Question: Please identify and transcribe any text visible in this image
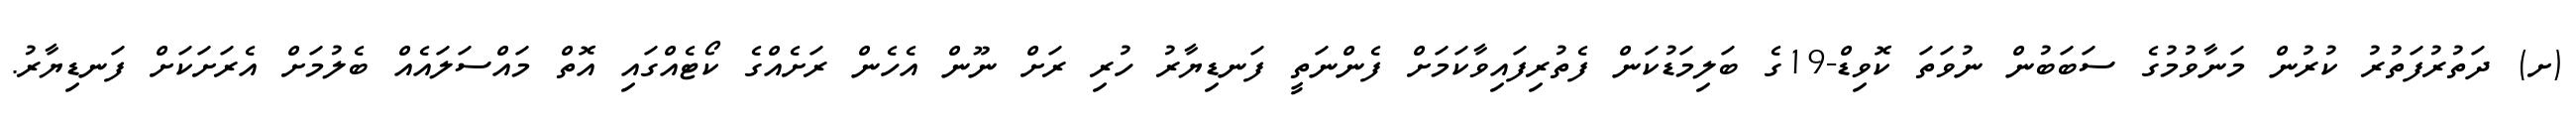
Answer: (ށ) ދަތުރުފަތުރު ކުރުން މަނާވުމުގެ ސަބަބުން ނުވަތަ ކޮވިޑް-19ގެ ބަލިމަޑުކަން ފެތުރިފައިވާކަމަށް ފެންނަތީ ފަނޑިޔާރު ހުރި ރަށް ނޫން އެހެން ރަށެއްގެ ކޯޓެއްގައި އޮތް މައްސަލައެއް ބެލުމަށް އެރަށަކަށް ފަނޑިޔާރު.